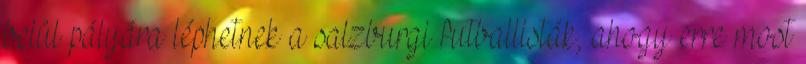
belül pályára léphetnek a salzburgi futballisták, ahogy erre most